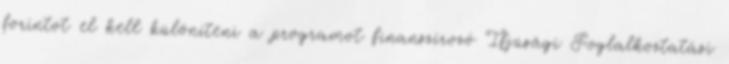
forintot el kell különíteni a programot finanszírozó Ifjúsági Foglalkoztatási